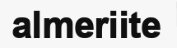
almeriite